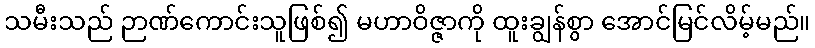
သမီးသည် ဉာဏ်ကောင်းသူဖြစ်၍ မဟာဝိဇ္ဇာကို ထူးချွန်စွာ အောင်မြင်လိမ့်မည်။